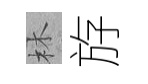
林斿